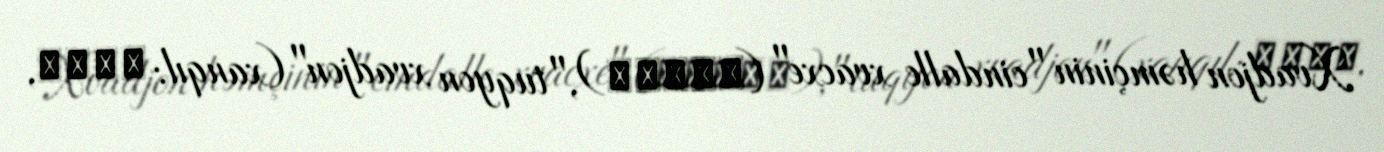
Xvadjon həmçinin "cindalle xvacxe" (진달래화전), "tuqyon xvadjon" (xanqıl: 두견화전,